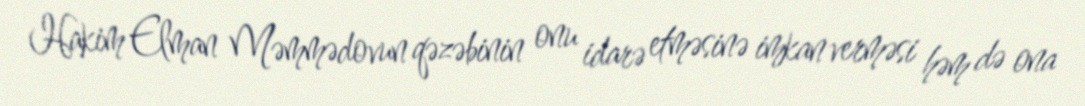
Hakim Elman Məmmədovun qəzəbinin onu idarə etməsinə imkan verməsi həm də ona